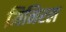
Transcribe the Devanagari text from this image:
मिनिरल